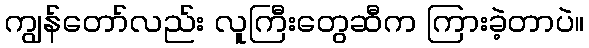
ကျွန်တော်လည်း လူကြီးတွေဆီက ကြားခဲ့တာပဲ။